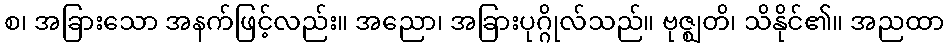
စ၊ အခြားသော အနက်ဖြင့်လည်း။ အညော၊ အခြားပုဂ္ဂိုလ်သည်။ ဗုဇ္ဈတိ၊ သိနိုင်၏။ အညထာ